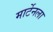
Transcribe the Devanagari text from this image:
मार्टेनला